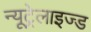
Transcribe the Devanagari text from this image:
न्यूट्रेलाइज्ड